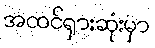
အထင်ရှားဆုံးမှာ